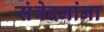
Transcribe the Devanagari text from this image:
संवेदनांना